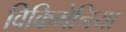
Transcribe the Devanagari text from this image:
विकिमेनिया